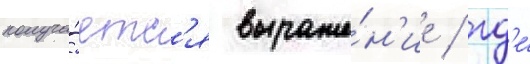
получа́етс'я выраже́н'ие / гд'е́